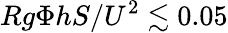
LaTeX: Rg\Phi hS/U^{2}\lesssim 0.05